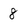
Character: 8